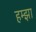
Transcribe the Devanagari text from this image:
हम्झा